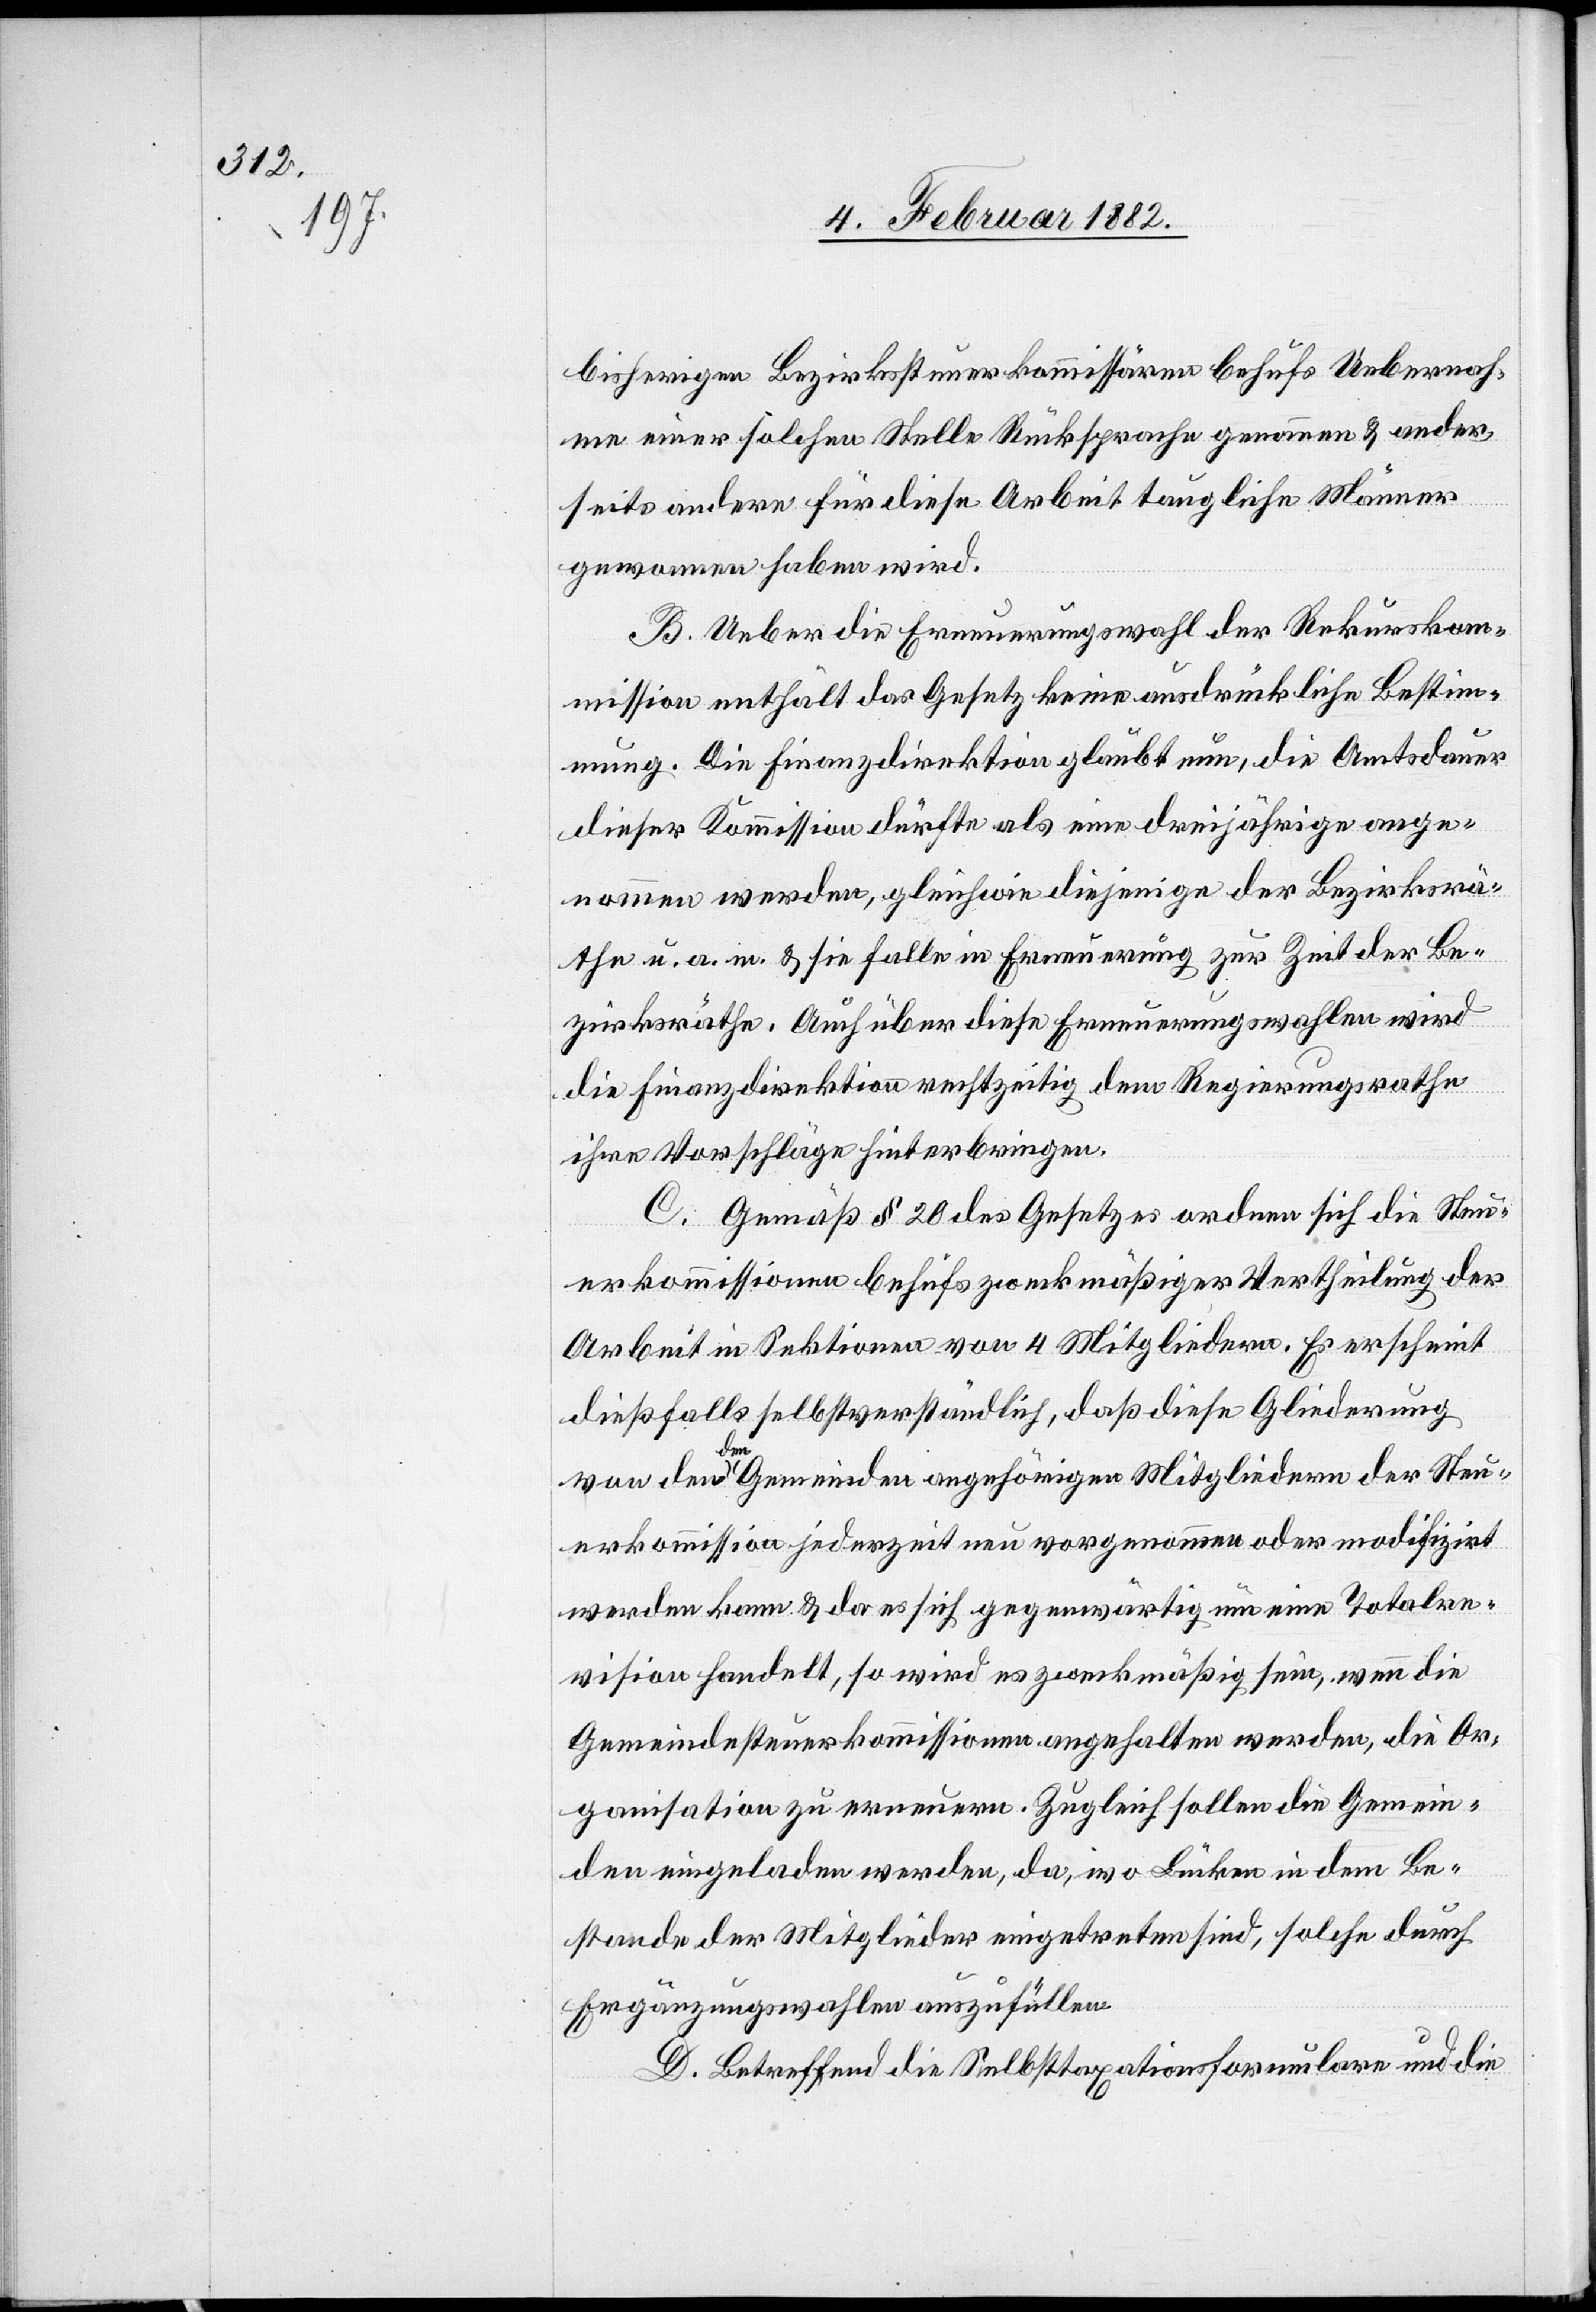
the.

bisherigen Bezirkssteuerkommissiären behufs Uebernah¬
me einer solchen Stelle Rücksprache genommen & ander¬
seits andere für diese Arbeit taugliche Männer
gewonnen haben wird.
B. Ueber die Erneuerungswahl der Rekurskom¬
mission enthält das Gesetz keine ausdrückliche Bestim¬
mung. Die Finanzdirektion glaubt nun, die Amtsdauer
dieser Kommission dürfte als eine dreijährige ange¬
nommen werden, gleichwie diejenige der Bezirksrä¬
die Finanzdirektion rechtzeitig dem Regierungsrathe
ihre Vorschläge hinterbringen.
C. Gemäß § 20 des Gesetzes ordnet sich die Steu¬
erkomissionen behufs zweckmäßiger Vertheilung der
Arbeit in Sektionen von 4 Mitglieder. Es erscheint
dießfalls selbstverständlich, daß diese Gliederung
von den den Gemeinden angehörigen Mitgliedern der Steu¬
erkommission jederzeit neu vorgenommen oder modifizirt
werden kann & da es sich gegenwärtig um eine Totalre¬
vision handelt, so wird es zweckmäßig sein, wenn die
Gemeindesteuerkommission angehalten werde, die Or¬
ganisation zu erneuern. Zugleich sollen die Gemein¬
den eingeladen werden, da, wo Lücken in den Be¬
stande der Mitglieder eingetreten sind, solche durch
Ergänzungswahlen auszufüllen.
D. Betreffend die Selbsttaxationsformularen und die